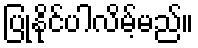
ပြုနိုင်ပါလိမ့်မည်။